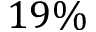
1 9 \%